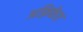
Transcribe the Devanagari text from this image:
अफ़्रिकेत